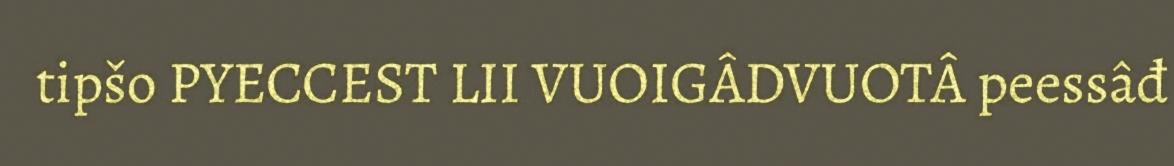
tipšo PYECCEST LII VUOIGÂDVUOTÂ peessâđ